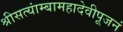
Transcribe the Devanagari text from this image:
श्रीसत्यांम्बामहादेवीपूजनं